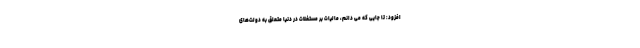
افزود: تا جایی که می دانم، مالیات بر مستغلات در دنیا متعلق به دولت‌های